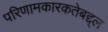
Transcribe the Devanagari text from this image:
परिणामकारकतेबद्द्ल